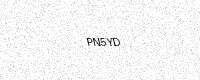
Text: PN5YD